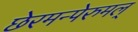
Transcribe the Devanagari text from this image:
छेरमन्पेरुमल्